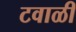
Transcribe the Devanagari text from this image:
टवाळी